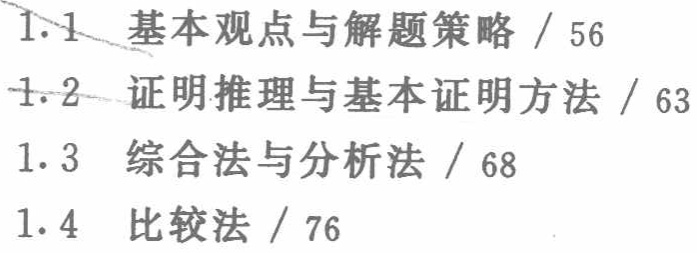
1.1 基本观点与解题策略 / 56

1.2 证明推理与基本证明方法 / 63

1.3 综合法与分析法 / 68

1.4 比较法 / 76